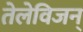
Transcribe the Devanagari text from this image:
तेलेविजन्